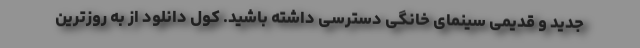
جدید و قدیمی سینمای خانگی دسترسی داشته باشید. کول دانلود از به روزترین